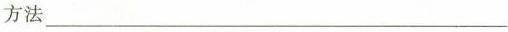
方法___